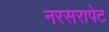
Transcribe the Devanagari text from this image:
नरसरापेट